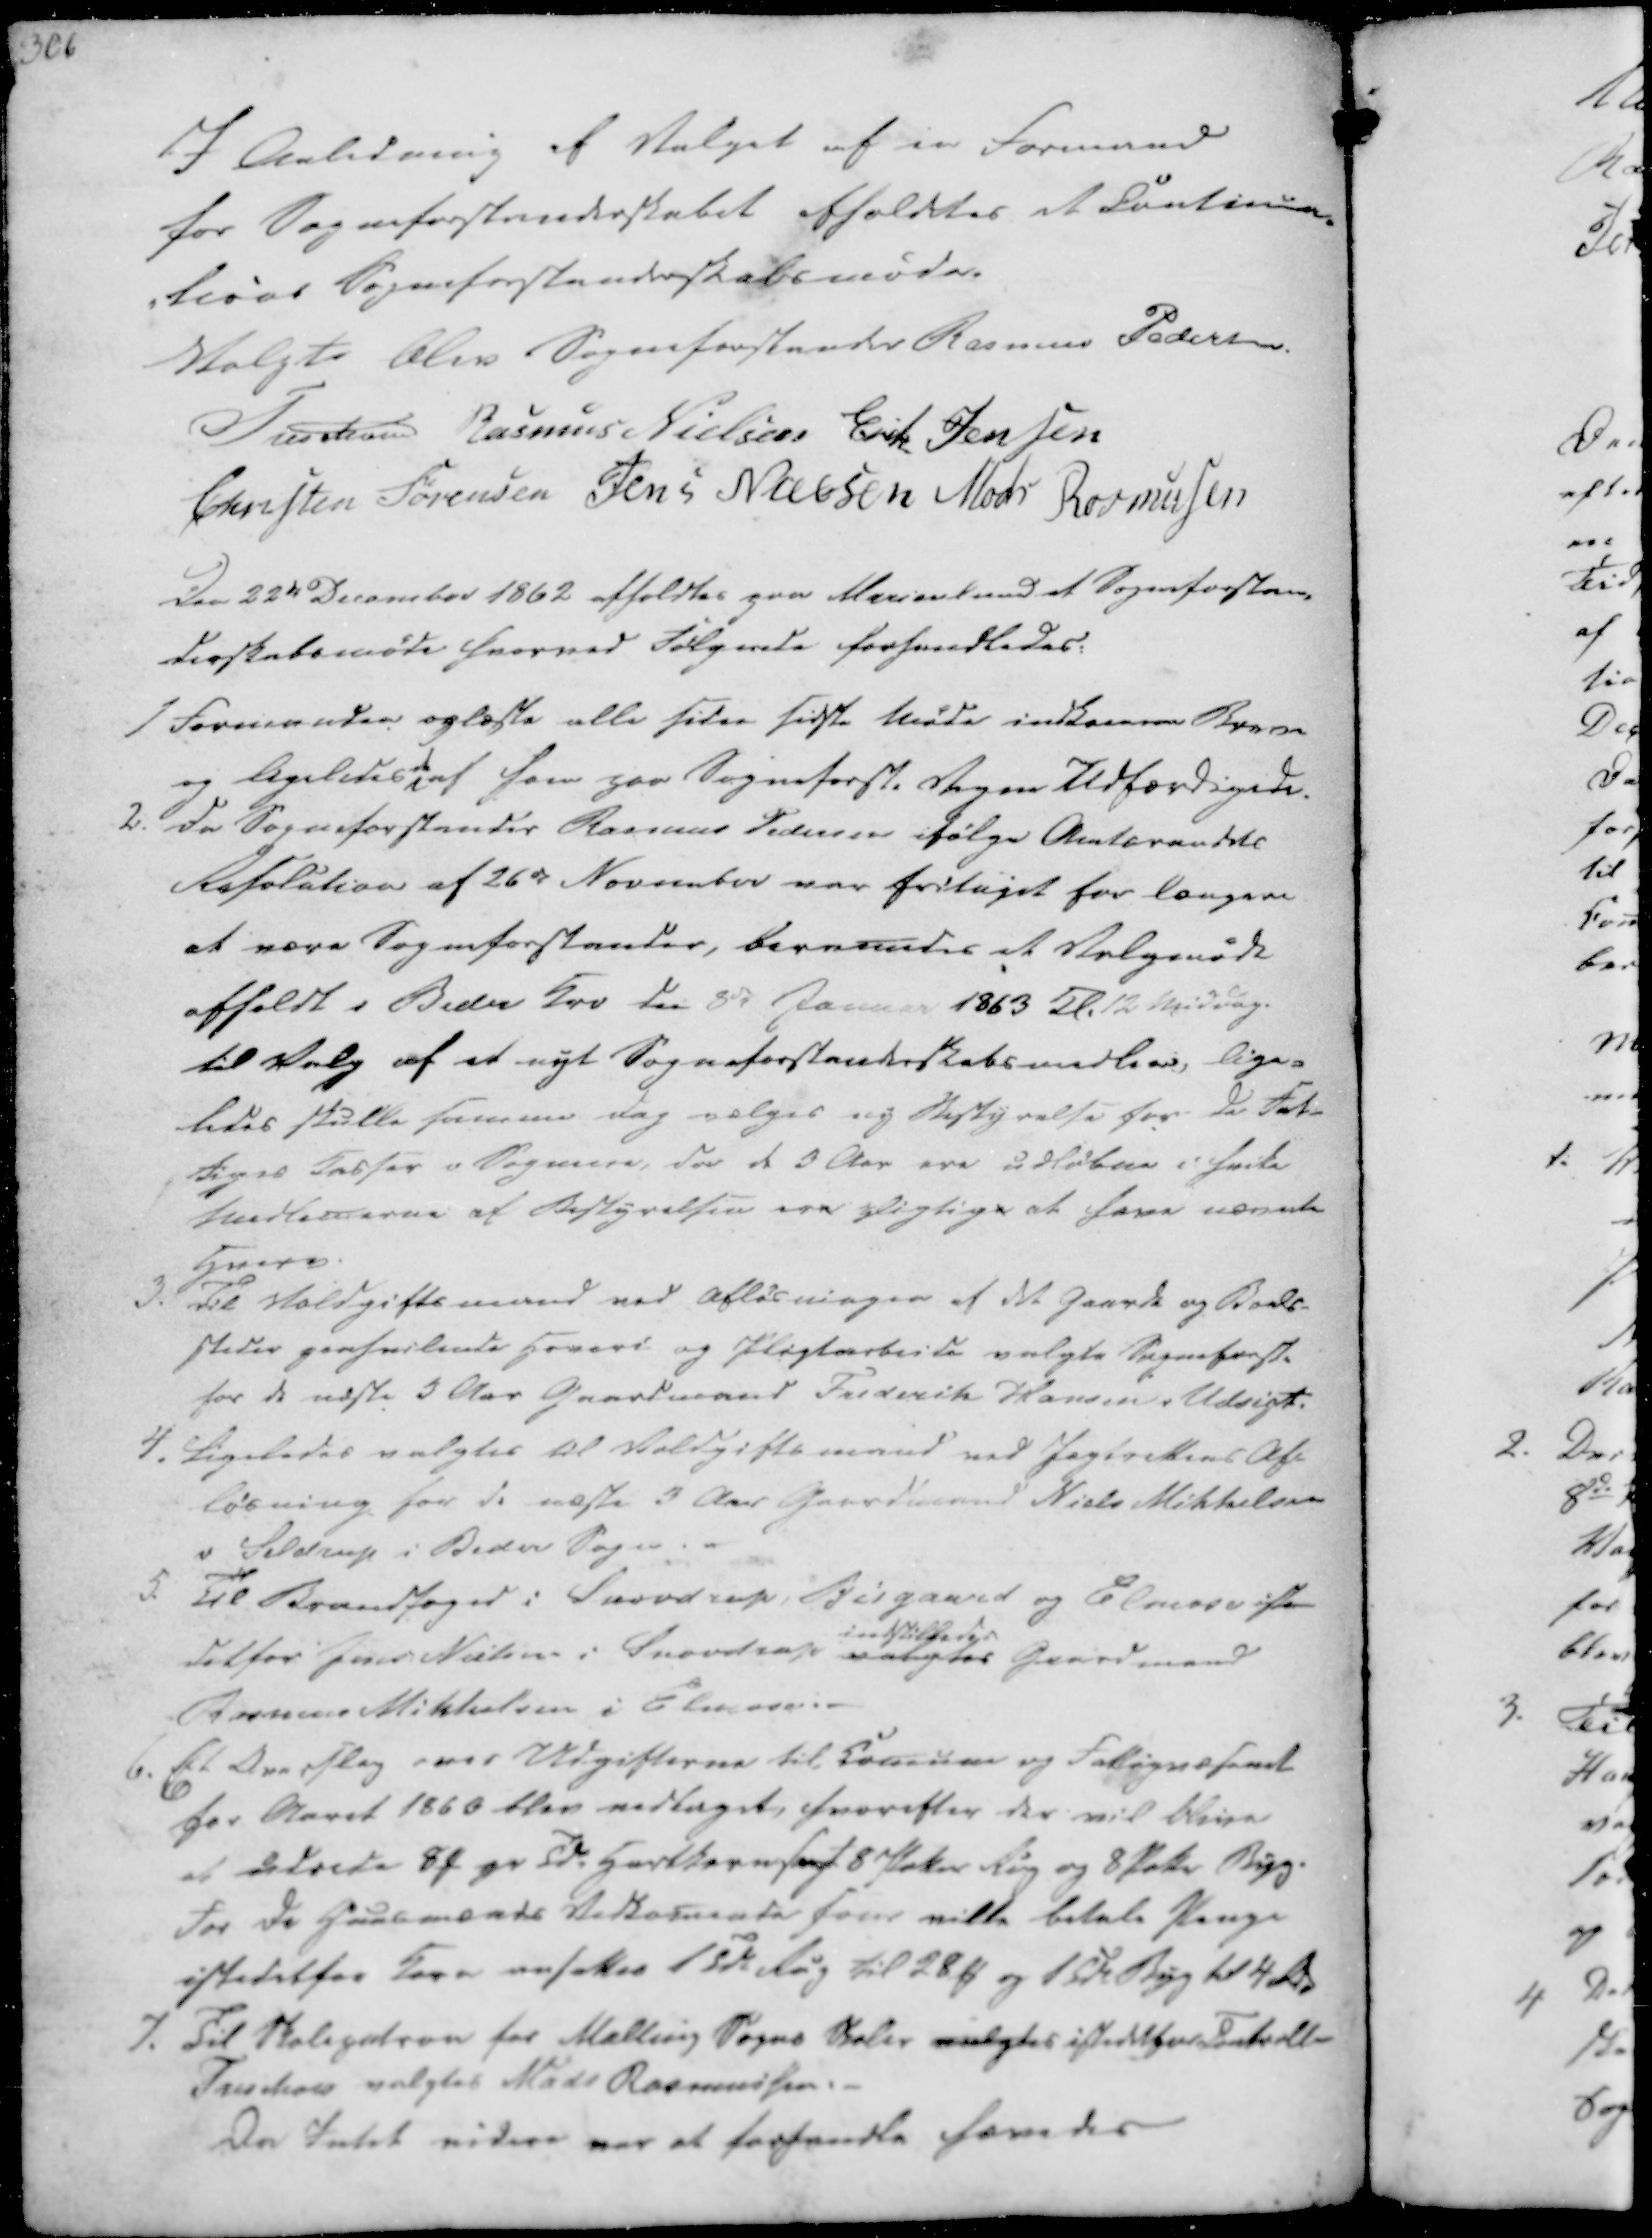
Transskription:
I Anledning af Valget af en Formand
for Sogneforstanderskabet afholdtes et Continua-
-tions Sogneforstanderskabsmøde.
Valgt blev Sogneforstander Rasmus Pedersen

Treschov
Rasmus Nielsen
Erik Jensen
Christen Sørensen
Jens Nielsen
Mads Rasmussen

Den 22de December 1862 afholdtes paa Marienlund et Sogneforstan-
derskabsmøde hvorved Følgende forhandledes:

1 Formanden oplæste alle siden sidste Møde indkomne Breve
og ligeledes de af ham paa Sogneforst. Vegne Udfærdigede.
2. Da Sogneforstander Rasmus Pedersen ifølge Amtsraadets
Resolution af 26de November var fritaget for længere
at være Sogneforstander, beramedes et Valgmøde
afholdt i Beder Kro den 8de Januar 1863 Kl. 12 Middag.
til Valg af et nyt Sogneforstanderskabsmedlem, lige-
ledes skulle samme Dag vælges ny Bestyrelse for de Fat-
tiges Kasser i Sognene, da de 3 Aar ere udløbne i hvilke
Medlemerne af Bestyrelsen ere pligtige at have nævnte
Hverv.

3. Til Voldgiftsmand ved Afløsningen af det Gaarde og Boels-
steder paahvilende Hoveri og Pligtarbeide valgte Sogneforst.
for de næste 3 Aar Gaardmand Frederik Hansen i Udsigt.
4. Ligeledes valgtes til Voldgiftsmand ved Jagtrettens Af-
løsning for de næste 3 Aar Gaardmand Niels Mikkelsen
i Seldrup i Beder Sogn.
5. Til Brandfoged i Snovdrup, Bisgaard og Elmose iste-
detfor Jens Nielsen i Snovdrup valgtes
indstilledes
Gaardmand
Rasmus Mikkelsen i Elmose.

6. Et Overslag over Udgifterne til Comune og Fattigvæsenet
for Aaret 1860 blev vedtaget, hvorefter der vil blive
at udrede 8 ₻ pr Td. Hartkorn samogt 8 Potter Rug og 8 Potter Byg.
For de Huusmænds Vedkomende som ville betale Penge
istedetfor Korn ansettes 1 Tde Rug til 28 ₻ og 1 Tde Byg til 4 Rd.
7. Til Skolepatron for Malling Sogns Skoler valgtes istedetfor Controlle
Treschow valgtes Mads Rasmussen.-

Da Intet videre var at forhandle hævedes